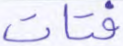
فتات